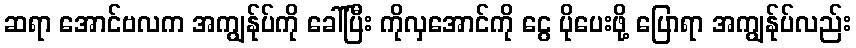
ဆရာ အောင်ဗလက အကျွန်ုပ်ကို ခေါ်ပြီး ကိုလှအောင်ကို ငွေ ပိုပေးဖို့ ပြောရာ အကျွန်ုပ်လည်း